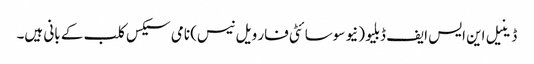
ڈینیل این ایس ایف ڈبلیو (نیو سوسائٹی فار ویل نیس) نامی سیکس کلب کے بانی ہیں۔